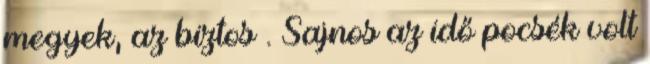
megyek, az biztos . Sajnos az idő pocsék volt